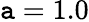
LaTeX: \mathtt{a}=1.0